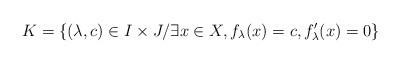
LaTeX: \begin{align*}K = \{(\lambda, c) \in I \times J/ \exists x \in X, f_\lambda(x) = c, f_\lambda'(x) = 0\}\end{align*}